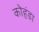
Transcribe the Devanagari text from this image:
कोहंडा